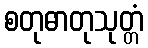
စတုဓာတုသုတ္တံ